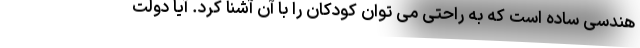
هندسی ساده است که به راحتی می توان کودکان را با آن آشنا کرد. آیا دولت